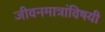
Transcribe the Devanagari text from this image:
जीवनमात्रांविषयी